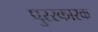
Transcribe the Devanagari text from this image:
पुरस्कारक